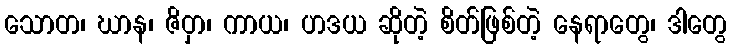
သောတ၊ ဃာန၊ ဇိဝှာ၊ ကာယ၊ ဟဒယ ဆိုတဲ့ စိတ်ဖြစ်တဲ့ နေရာတွေ၊ ဒါတွေ